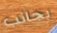
بجانب